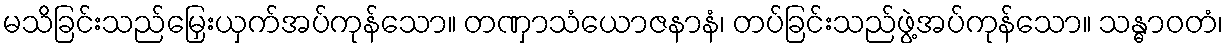
မသိခြင်းသည်မြှေးယှက်အပ်ကုန်သော။ တဏှာသံယောဇနာနံ၊ တပ်ခြင်းသည်ဖွဲ့အပ်ကုန်သော။ သန္ဓာဝတံ၊